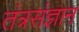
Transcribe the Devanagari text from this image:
तंत्रसंज्ञान